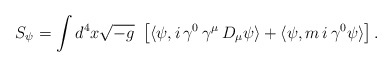
\begin{align*}S_\psi = \int d^4 x \sqrt{- g}\ \left[ \langle \psi , i\, \gamma^0 \,\gamma^\mu\,D_\mu \psi \rangle + \langle \psi, m \, i \, \gamma^0\psi \rangle \right].\end{align*}